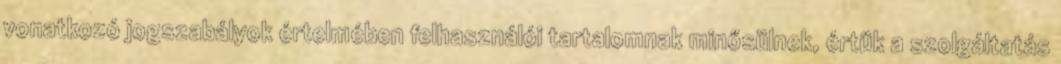
vonatkozó jogszabályok értelmében felhasználói tartalomnak minősülnek, értük a szolgáltatás